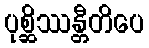
ပုစ္ဆိဿန္တီတိပေ